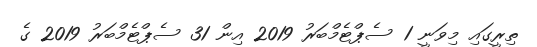
ތިރީގައި މިވަނީ 1 ސެޕްޓެމްބަރު 2019 އިން 31 ސެޕްޓެމްބަރު 2019 ގެ